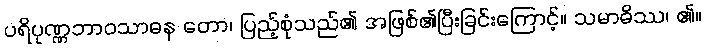
ပရိပုဏ္ဏဘာဝသာဓန တော၊ ပြည့်စုံသည်၏ အဖြစ်၏ပြီးခြင်းကြောင့်။ သမာဓိဿ၊ ၏။